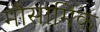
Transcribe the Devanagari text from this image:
मौसामिक